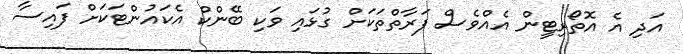
އަދި އެ އޮތޯރިޓީން އެއްވެސް ފަރާތްތަކަށް ގުޅައި ވަކި ބޭންކް އެކައުންޓަކަށް ފައިސާ